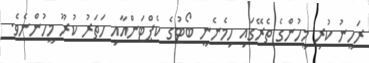
ރަހީނު ކުރި މީހުންގެ ތެރޭގައި ހިމެނެނީ ބޯޓުގެ ކެޕްޓަންއާއި ހަތަރު ކުރޫ މީހުންނެވެ.